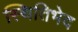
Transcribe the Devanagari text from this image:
स्थितिभेद